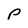
Character: P